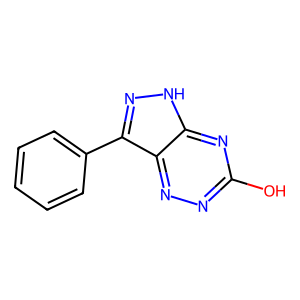
SMILES: Oc1nnc2c(-c3ccccc3)n[nH]c2n1
Inhibits HIV replication: No